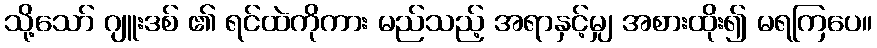
သို့သော် ဂျူးဒစ် ၏ ရင်ထဲကိုကား မည်သည့် အရာနှင့်မျှ အစားထိုး၍ မရကြပေ။